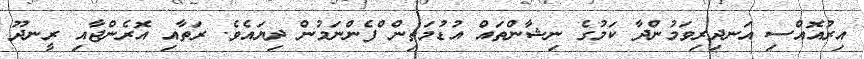
އިރުއޮއްސި އަނދިރިވަމުންދާ ކަމުގެ ނިޝާންތައް އުޑުމަތިން ްްްްްްްްްްްްްްްްްްްްްްްްްްްްްްްްްްްްްްްްްްްްްްފެންނަމުން ދިޔައެވެ. ރަތާއި އޮރެންޖާއި ރީނދޫ